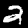
Digit: 2